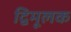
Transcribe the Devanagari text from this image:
द्विमूलक